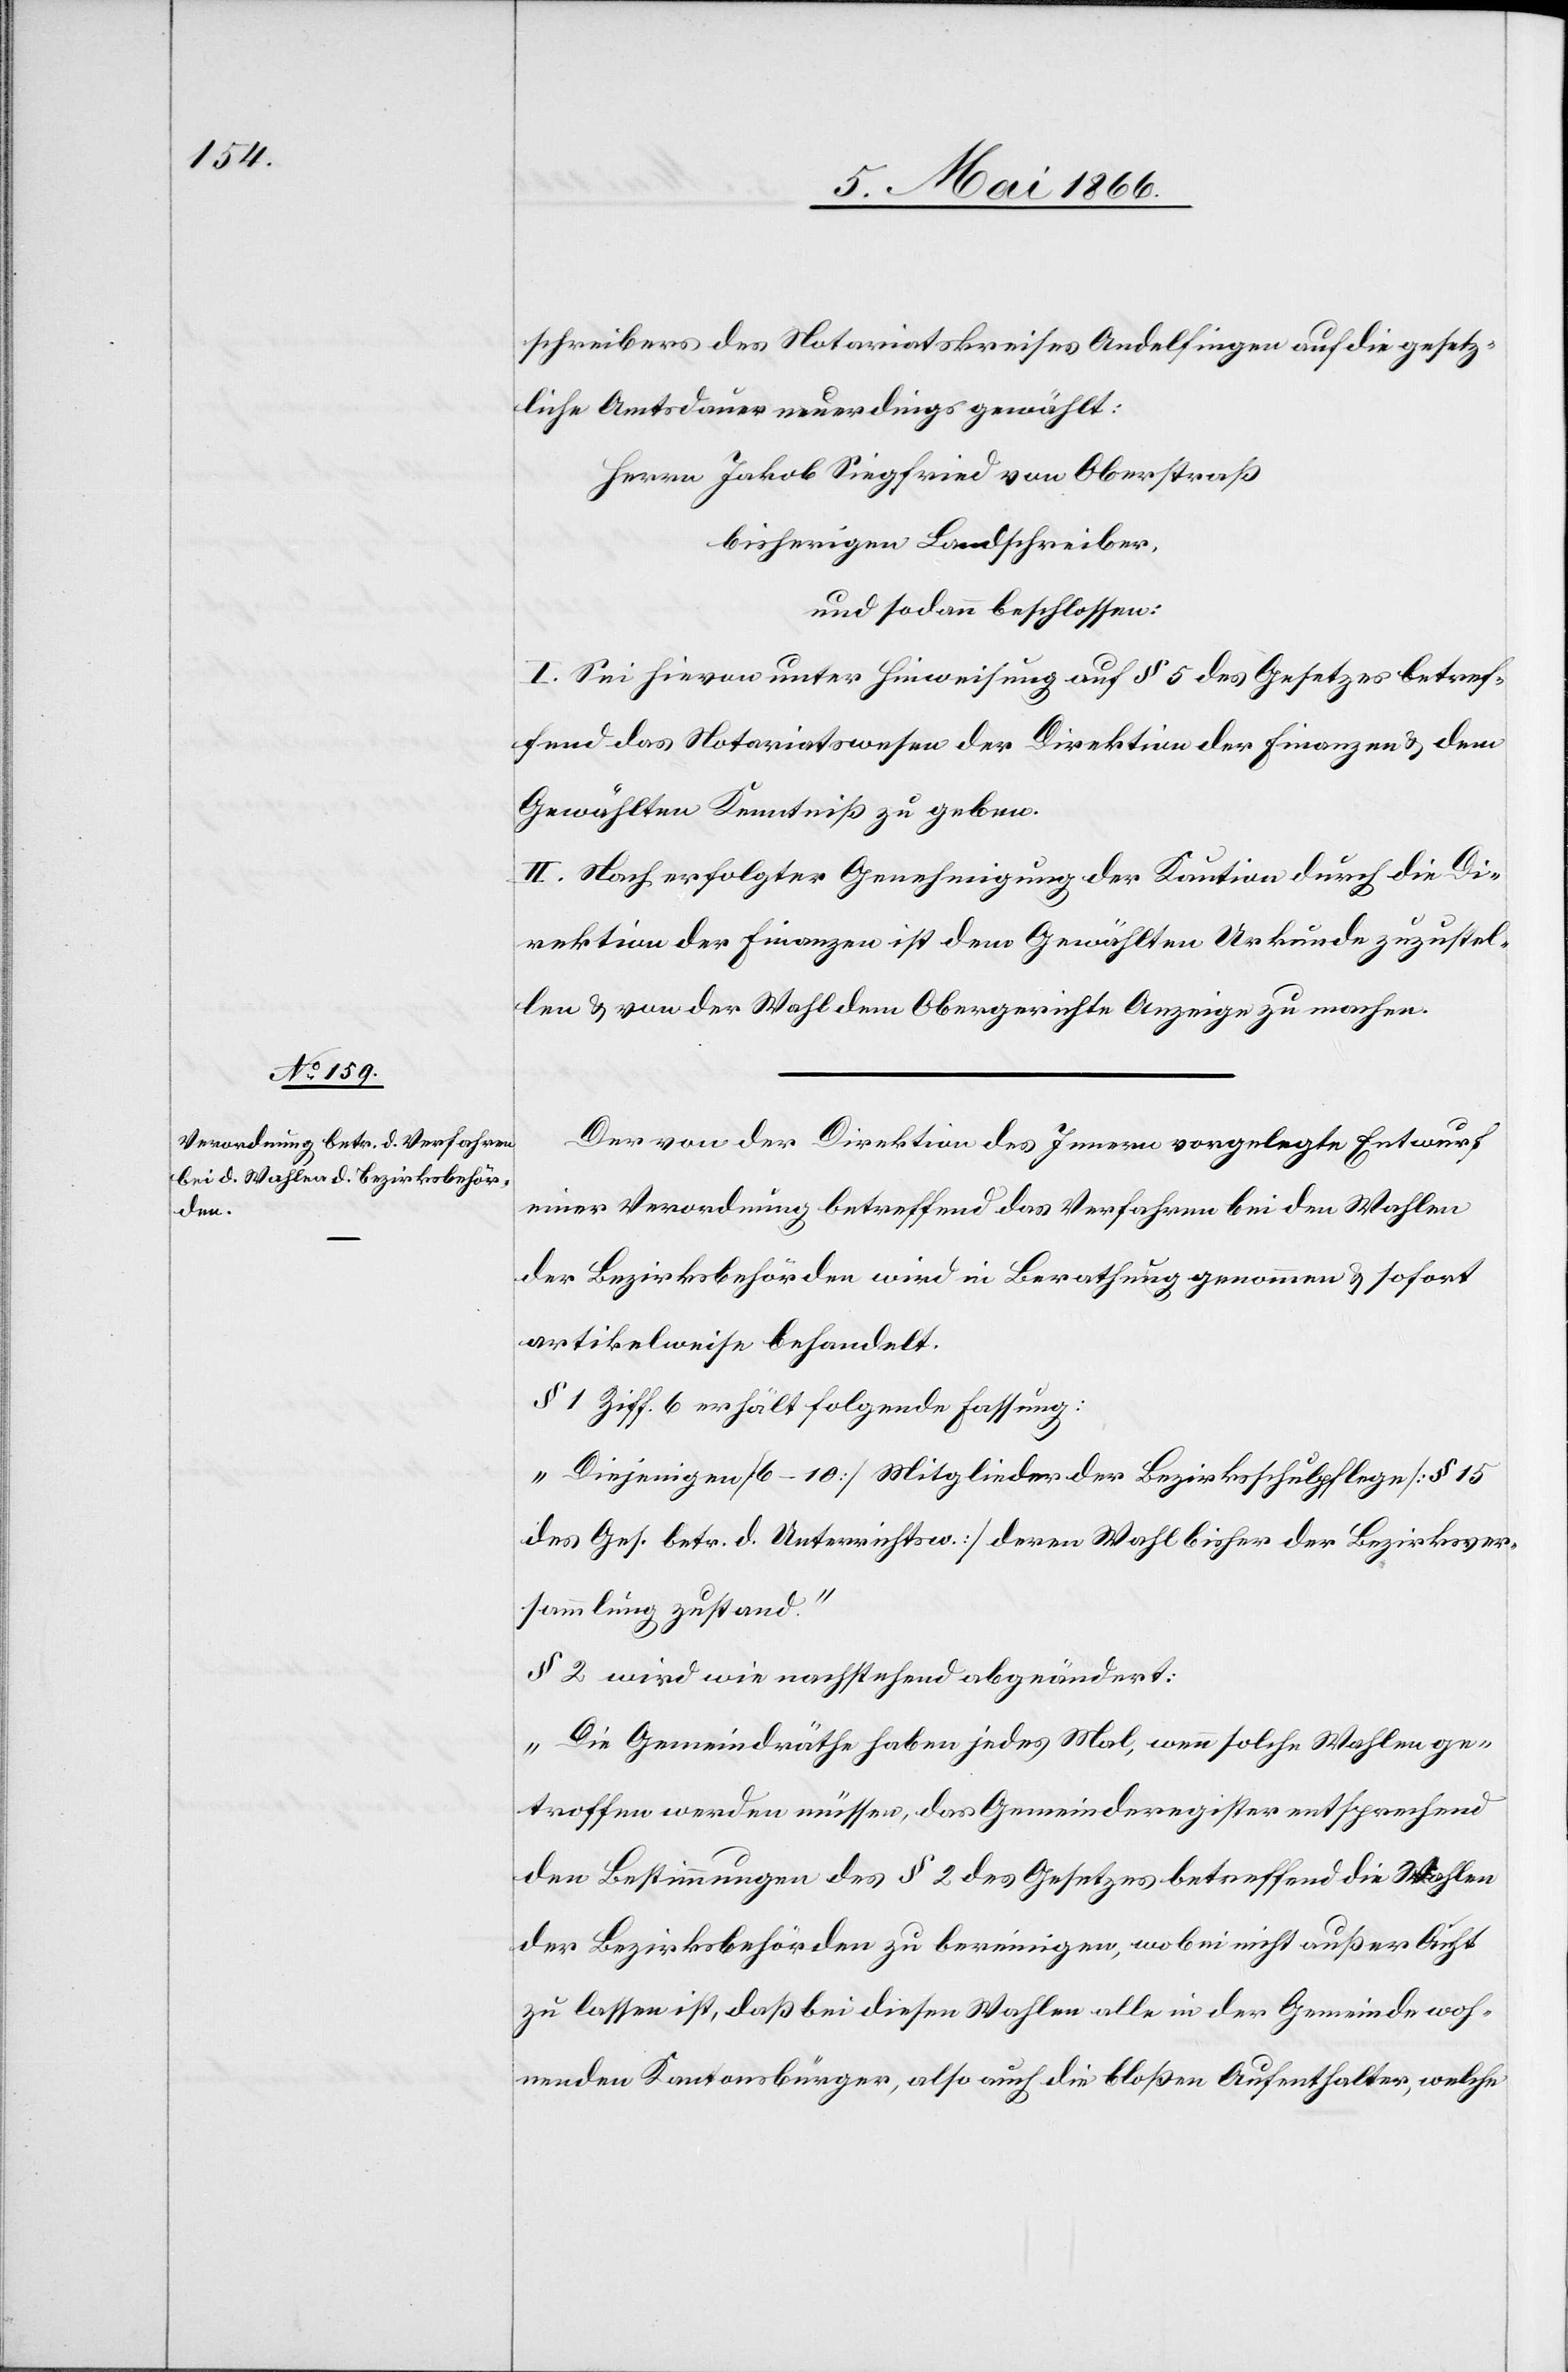
schreibers des Notariatskreises Andelfingen auf die gesetz¬
liche Amtsdauer neuerdings gewählt:
Herren Jakob Siegfried von Oberstraß
bisherigen Landschreiber,
und sodann beschlossen:
I. Sei hievon unter Hinweisung auf § 5 des Gesetzes betref¬
fend das Notariatswesen der Direktion der Finanzen u. dem
Gewählten Kenntniß zu geben.
II. Nach erfolgter Genehmigung der Kaution durch die Di¬
rektion der Finanzen ist dem Gewählten Urkunde zuzustel¬
len u. von der Wahl dem Obergerichte Anzeige zu machen.
Der von der Direktion des Innern vorgelegte Entwurf
einer Verordnung betreffend das Verfahren bei den Wahlen
der Bezirksbehörden wird in Berathung genommen u. sodann
artikelweise behandelt.
§ 1 Ziff. b erhält folgende Fassung:
„Diejenigen [6–10] Mitglieder der Bezirksschulpflege [§ 15
des Ges. betr. Unterrichtes] deren Wahl bisher der Bezirksver¬
sammlung zustand.“
§ 2 wird wie nachstehend abgeändert:
„Die Gemeindräthe haben indes jedes Mal, wenn solche Wahlen ge¬
troffen werden müssen, das Gemeinderegister entsprechend
den Bestimmungen des § 2 des Gesetzes betreffend die Wahlen
der Bezirksbehörden zu bereinigen, wobei nicht außer Acht
zu lassen ist, daß bei diesen Wahlen alle in der Gemeinde woh¬
nenden Kantonsbürger, also auch die bloßen Aufenthalter, welche